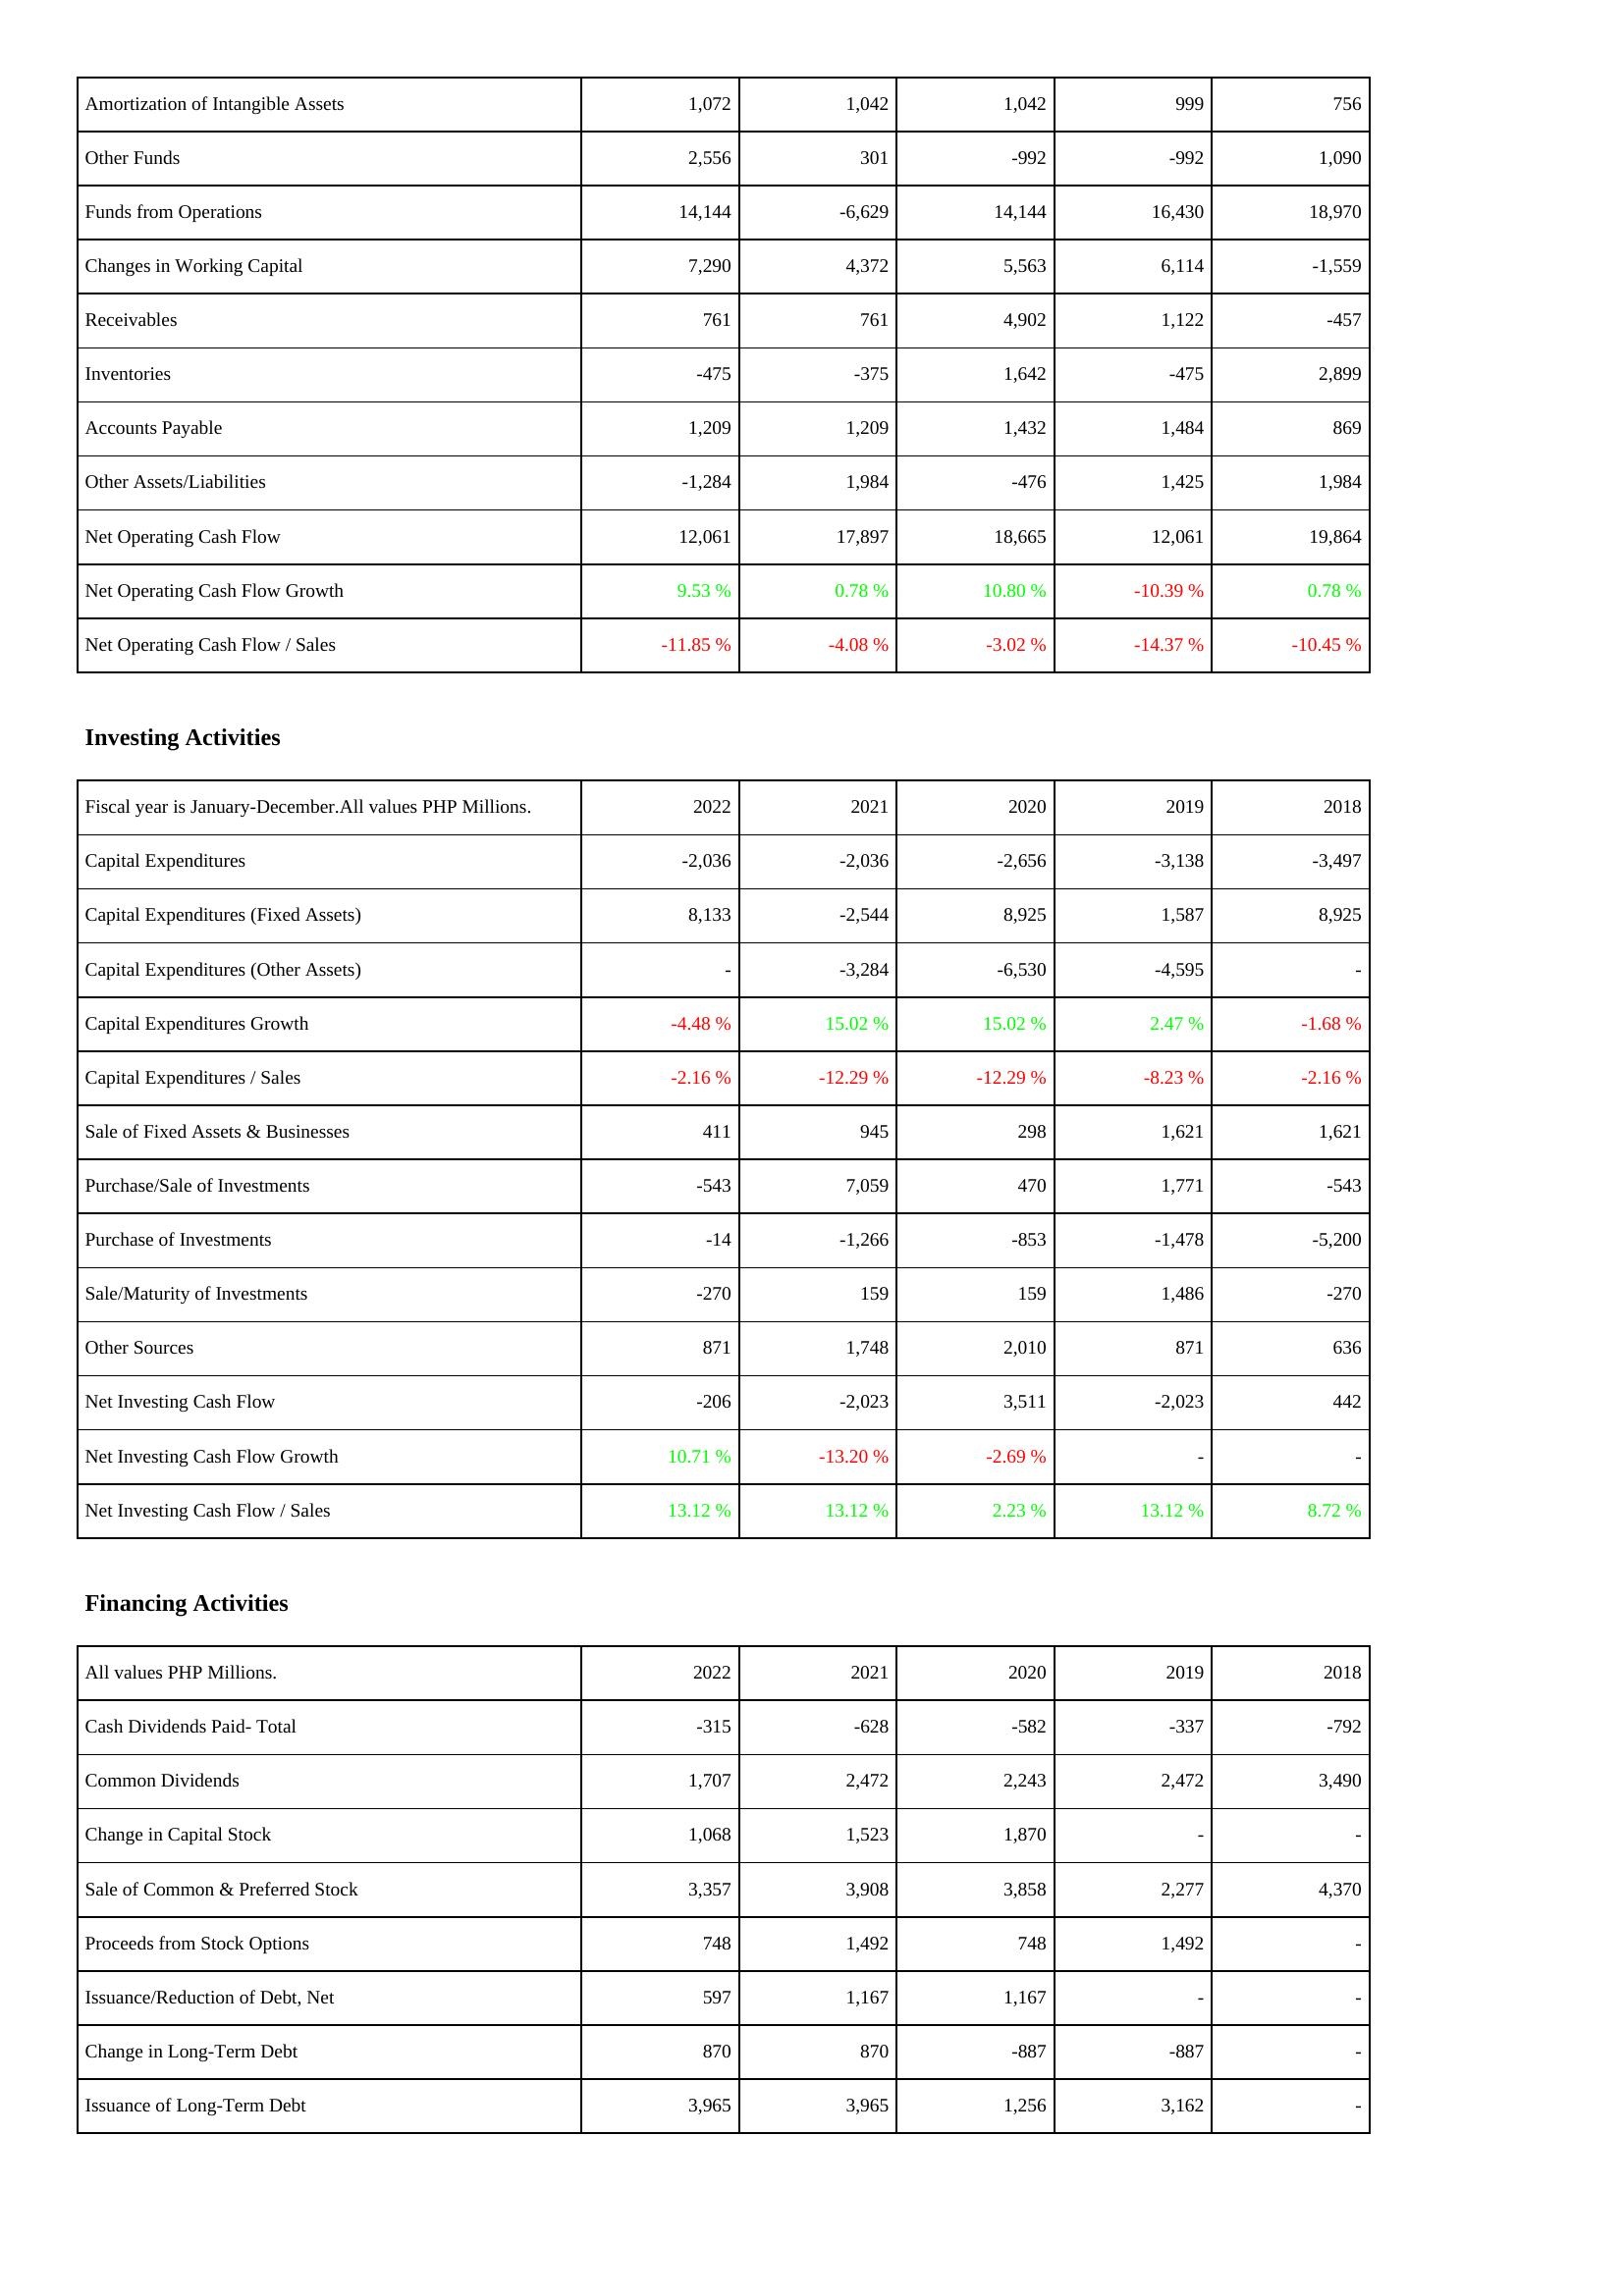
2022: Operating Activities: Amortization of Intangible Assets: 1,072
Other Funds: 2,556
Funds from Operations: 14,144
Changes in Working Capital: 7,290
Receivables: 761
Inventories: -475
Accounts Payable: 1,209
Other Assets/Liabilities: -1,284
Net Operating Cash Flow: 12,061
Net Operating Cash Flow Growth: 9.53 %
Net Operating Cash Flow / Sales: -11.85 %
Investing Activities: Capital Expenditures: -2,036
Capital Expenditures (Fixed Assets): 8,133
Capital Expenditures (Other Assets): -
Capital Expenditures Growth: -4.48 %
Capital Expenditures / Sales: -2.16 %
Sale of Fixed Assets & Businesses: 411
Purchase/Sale of Investments: -543
Purchase of Investments: -14
Sale/Maturity of Investments: -270
Other Sources: 871
Net Investing Cash Flow: -206
Net Investing Cash Flow Growth: 10.71 %
Net Investing Cash Flow / Sales: 13.12 %
Financing Activities: Cash Dividends Paid- Total: -315
Common Dividends: 1,707
Change in Capital Stock: 1,068
Sale of Common & Preferred Stock: 3,357
Proceeds from Stock Options: 748
Issuance/Reduction of Debt, Net: 597
Change in Long-Term Debt: 870
Issuance of Long-Term Debt: 3,965
2021: Operating Activities: Amortization of Intangible Assets: 1,042
Other Funds: 301
Funds from Operations: -6,629
Changes in Working Capital: 4,372
Receivables: 761
Inventories: -375
Accounts Payable: 1,209
Other Assets/Liabilities: 1,984
Net Operating Cash Flow: 17,897
Net Operating Cash Flow Growth: 0.78 %
Net Operating Cash Flow / Sales: -4.08 %
Investing Activities: Capital Expenditures: -2,036
Capital Expenditures (Fixed Assets): -2,544
Capital Expenditures (Other Assets): -3,284
Capital Expenditures Growth: 15.02 %
Capital Expenditures / Sales: -12.29 %
Sale of Fixed Assets & Businesses: 945
Purchase/Sale of Investments: 7,059
Purchase of Investments: -1,266
Sale/Maturity of Investments: 159
Other Sources: 1,748
Net Investing Cash Flow: -2,023
Net Investing Cash Flow Growth: -13.20 %
Net Investing Cash Flow / Sales: 13.12 %
Financing Activities: Cash Dividends Paid- Total: -628
Common Dividends: 2,472
Change in Capital Stock: 1,523
Sale of Common & Preferred Stock: 3,908
Proceeds from Stock Options: 1,492
Issuance/Reduction of Debt, Net: 1,167
Change in Long-Term Debt: 870
Issuance of Long-Term Debt: 3,965
2020: Operating Activities: Amortization of Intangible Assets: 1,042
Other Funds: -992
Funds from Operations: 14,144
Changes in Working Capital: 5,563
Receivables: 4,902
Inventories: 1,642
Accounts Payable: 1,432
Other Assets/Liabilities: -476
Net Operating Cash Flow: 18,665
Net Operating Cash Flow Growth: 10.80 %
Net Operating Cash Flow / Sales: -3.02 %
Investing Activities: Capital Expenditures: -2,656
Capital Expenditures (Fixed Assets): 8,925
Capital Expenditures (Other Assets): -6,530
Capital Expenditures Growth: 15.02 %
Capital Expenditures / Sales: -12.29 %
Sale of Fixed Assets & Businesses: 298
Purchase/Sale of Investments: 470
Purchase of Investments: -853
Sale/Maturity of Investments: 159
Other Sources: 2,010
Net Investing Cash Flow: 3,511
Net Investing Cash Flow Growth: -2.69 %
Net Investing Cash Flow / Sales: 2.23 %
Financing Activities: Cash Dividends Paid- Total: -582
Common Dividends: 2,243
Change in Capital Stock: 1,870
Sale of Common & Preferred Stock: 3,858
Proceeds from Stock Options: 748
Issuance/Reduction of Debt, Net: 1,167
Change in Long-Term Debt: -887
Issuance of Long-Term Debt: 1,256
2019: Operating Activities: Amortization of Intangible Assets: 999
Other Funds: -992
Funds from Operations: 16,430
Changes in Working Capital: 6,114
Receivables: 1,122
Inventories: -475
Accounts Payable: 1,484
Other Assets/Liabilities: 1,425
Net Operating Cash Flow: 12,061
Net Operating Cash Flow Growth: -10.39 %
Net Operating Cash Flow / Sales: -14.37 %
Investing Activities: Capital Expenditures: -3,138
Capital Expenditures (Fixed Assets): 1,587
Capital Expenditures (Other Assets): -4,595
Capital Expenditures Growth: 2.47 %
Capital Expenditures / Sales: -8.23 %
Sale of Fixed Assets & Businesses: 1,621
Purchase/Sale of Investments: 1,771
Purchase of Investments: -1,478
Sale/Maturity of Investments: 1,486
Other Sources: 871
Net Investing Cash Flow: -2,023
Net Investing Cash Flow Growth: -
Net Investing Cash Flow / Sales: 13.12 %
Financing Activities: Cash Dividends Paid- Total: -337
Common Dividends: 2,472
Change in Capital Stock: -
Sale of Common & Preferred Stock: 2,277
Proceeds from Stock Options: 1,492
Issuance/Reduction of Debt, Net: -
Change in Long-Term Debt: -887
Issuance of Long-Term Debt: 3,162
2018: Operating Activities: Amortization of Intangible Assets: 756
Other Funds: 1,090
Funds from Operations: 18,970
Changes in Working Capital: -1,559
Receivables: -457
Inventories: 2,899
Accounts Payable: 869
Other Assets/Liabilities: 1,984
Net Operating Cash Flow: 19,864
Net Operating Cash Flow Growth: 0.78 %
Net Operating Cash Flow / Sales: -10.45 %
Investing Activities: Capital Expenditures: -3,497
Capital Expenditures (Fixed Assets): 8,925
Capital Expenditures (Other Assets): -
Capital Expenditures Growth: -1.68 %
Capital Expenditures / Sales: -2.16 %
Sale of Fixed Assets & Businesses: 1,621
Purchase/Sale of Investments: -543
Purchase of Investments: -5,200
Sale/Maturity of Investments: -270
Other Sources: 636
Net Investing Cash Flow: 442
Net Investing Cash Flow Growth: -
Net Investing Cash Flow / Sales: 8.72 %
Financing Activities: Cash Dividends Paid- Total: -792
Common Dividends: 3,490
Change in Capital Stock: -
Sale of Common & Preferred Stock: 4,370
Proceeds from Stock Options: -
Issuance/Reduction of Debt, Net: -
Change in Long-Term Debt: -
Issuance of Long-Term Debt: -